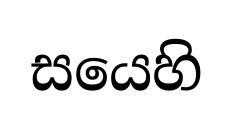
සයෙහි